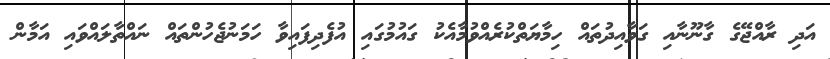
އަދި ރާއްޖޭގެ ގާނޫނާއި ގަވާއިދުތައް ހިމާޔަތްކުރެއްވުމާއެކު ގައުމުގައި އުފެދިފައިވާ ހަމަނުޖެހުންތައް ނައްތާލައްވައި އަމާން